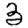
Digit: 3